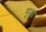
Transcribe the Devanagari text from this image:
गुञ्जा